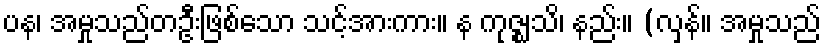
ပန၊ အမှုသည်တဦးဖြစ်သော သင့်အားကား။ န ကုဇ္ဈသိ၊ နည်း။ (လှန်။ အမှုသည်